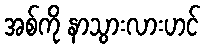
အစ်ကို နာသွားလားဟင်